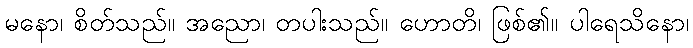
မနော၊ စိတ်သည်။ အညော၊ တပါးသည်။ ဟောတိ၊ ဖြစ်၏။ ပါရေသိနော၊